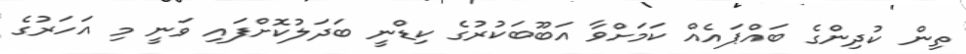
ތިން ކުދިންގެ ބައްޕައެއް ކަމަށްވާ އަބޫބަކުރުގެ ކިޑްނީ ބަދަލުކޮށްފައި ވަނީ މި އަހަރުގެ